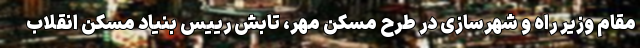
مقام وزیر راه و شهرسازی در طرح مسکن مهر، تابش رییس بنیاد مسکن انقلاب